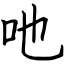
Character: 吔